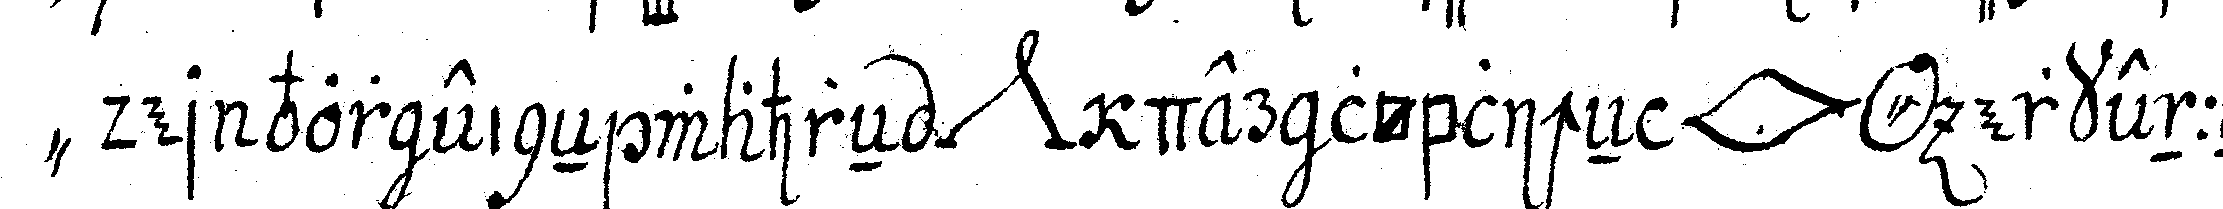
" der vor eineN wahreN *nee* der löblicheN *lip* *o* erkenneN